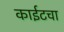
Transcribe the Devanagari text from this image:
काईटचा